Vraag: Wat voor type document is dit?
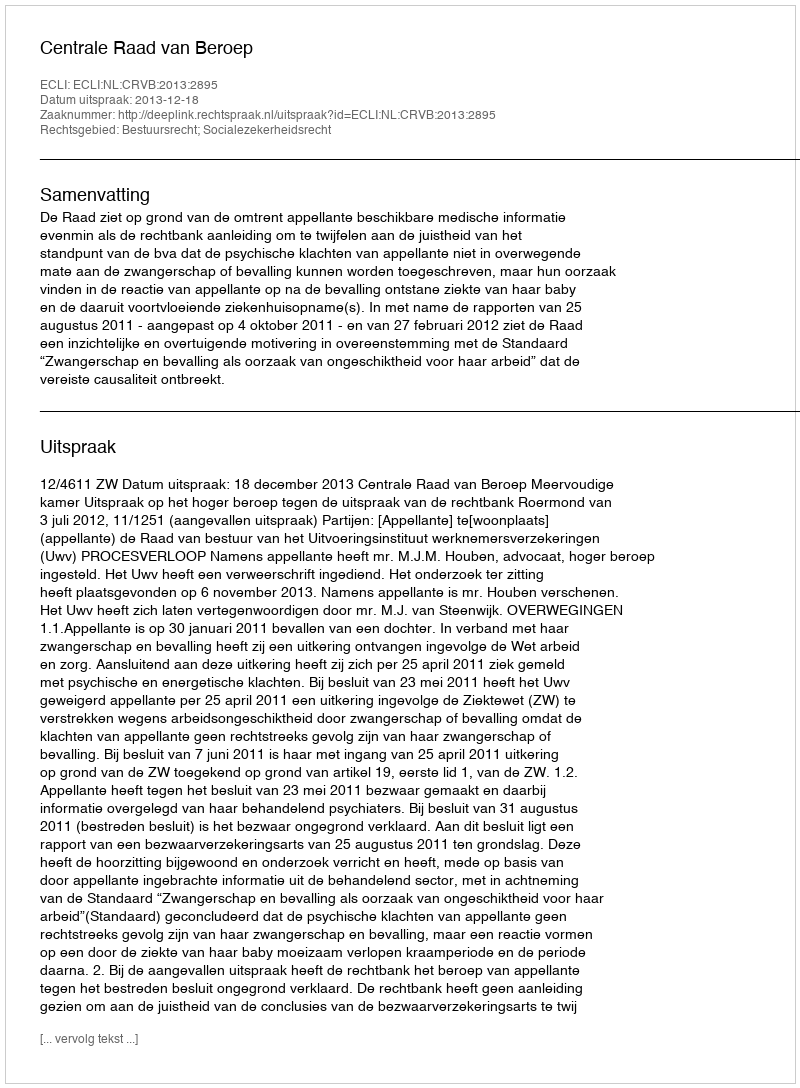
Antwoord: Uitspraak